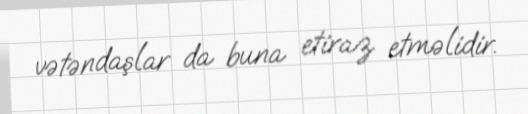
vətəndaşlar da buna etiraz etməlidir.